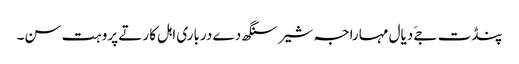
پنڈت جےَ دیال مہاراجہ شیر سنگھ دے درباری اہل کار تے پروہت سن۔